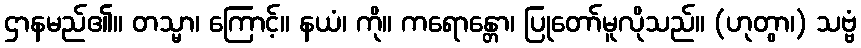
ဌာနမည်၏။ တသ္မာ၊ ကြောင့်။ နယံ၊ ကို။ ကရောန္တော၊ ပြုတော်မူလိုသည်။ (ဟုတွာ၊) သဗ္ဗံ